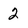
Character: 2